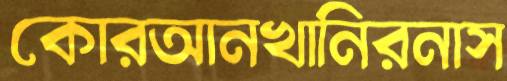
কোরআনখানিরনাস